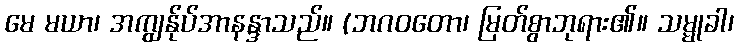
မေ မယာ၊ အကျွန်ုပ်အာနန္ဒာသည်။ (ဘဂဝတော၊ မြတ်စွာဘုရား၏။ သမ္မုခါ၊